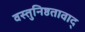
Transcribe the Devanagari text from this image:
वस्तुनिष्ठतावाद्